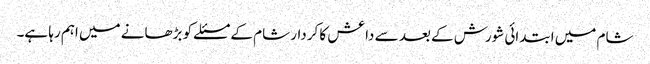
شام میں ابتدائی شورش کے بعد سے داعش کا کردار شام کے مسئلے کو بڑھانے میں اہم رہا ہے۔